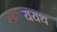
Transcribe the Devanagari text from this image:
ययथ